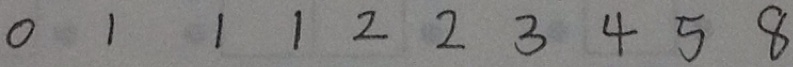
0 1 1 1 2 2 3 4 5 8